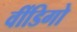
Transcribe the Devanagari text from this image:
वींडिगो